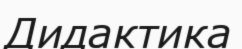
Дидактика